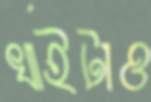
খাইটাও